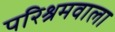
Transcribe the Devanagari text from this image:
परिश्रमवाला